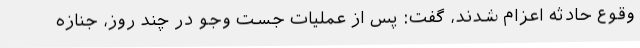
وقوع حادثه اعزام شدند، گفت: پس از عملیات جست وجو در چند روز، جنازه